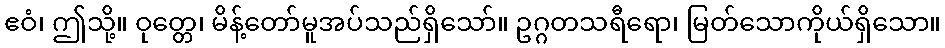
ဧဝံ၊ ဤသို့။ ဝုတ္တေ၊ မိန့်တော်မူအပ်သည်ရှိသော်။ ဥဂ္ဂတသရီရော၊ မြတ်သောကိုယ်ရှိသော။